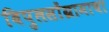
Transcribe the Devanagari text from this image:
बिपुलसोंग्रामाचा